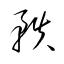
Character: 軼